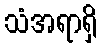
သံအရာရှိ